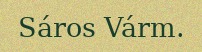
Sáros Várm.